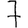
Digit: 7